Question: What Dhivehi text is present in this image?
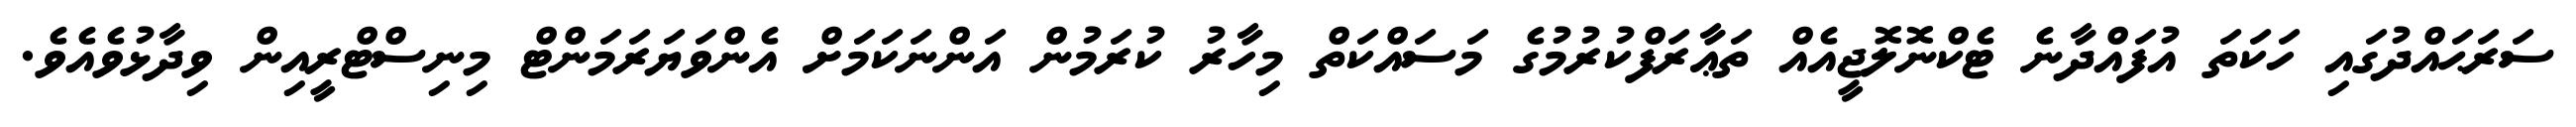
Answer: ސަރަޙައްދުގައި ހަކަތަ އުފައްދާނެ ޓެކްނޮލޮޖީއެއް ތަޢާރަފްކުރުމުގެ މަސައްކަތް މިހާރު ކުރަމުން އަންނަކަމަށް އެންވަޔަރަމަންޓް މިނިސްޓްރީއިން ވިދާޅުވެއެވެ.